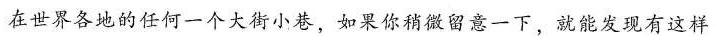
在世界各地的任何一个大街小巷，如果你稍微留意一下，就能发现有这样